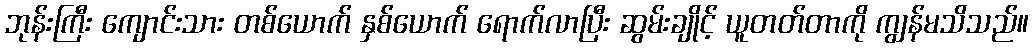
ဘုန်းကြီး ကျောင်းသား တစ်ယောက် နှစ်ယောက် ရောက်လာပြီး ဆွမ်းချိုင့် ယူတတ်တာကို ကျွန်မသိသည်။